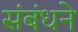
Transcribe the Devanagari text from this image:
संबंधने